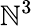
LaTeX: \mathbb{N}^{3}